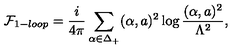
{ \cal F } _ { 1 - l o o p } = { \frac { i } { 4 \pi } } \sum _ { \alpha \in \Delta _ { + } } ( \alpha , a ) ^ { 2 } \log { \frac { ( \alpha , a ) ^ { 2 } } { \Lambda ^ { 2 } } } ,